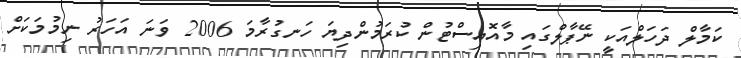
ކަމާލް ދަހަލްއަކީ ނޭޕާލްގައި މާއޮއިސްޓުން ކުރަމުންދިޔަ ހަނގުރާމަ 2006 ވަނަ އަހަރު ނިމުމަކަށް